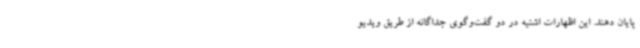
پایان دهند. این اظهارات اشتیه در دو گفت‌وگوی جداگانه از طریق ویدیو